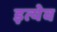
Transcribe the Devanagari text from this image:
इत्येव